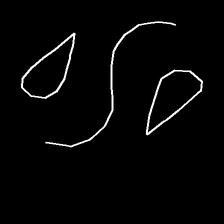
Glyph: water